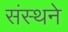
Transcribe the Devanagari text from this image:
संस्थने